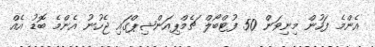
އެންމެ ފަހުން މިނިވަން 50 ފުޓްބޯލް ޗެމްޕިއަންޝިޕްގައި ޖެހުނު އެންމެ ބޮޑު އެއް